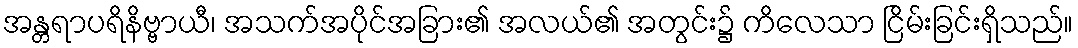
အန္တရာပရိနိဗ္ဗာယီ၊ အသက်အပိုင်အခြား၏ အလယ်၏ အတွင်း၌ ကိလေသာ ငြိမ်းခြင်းရှိသည်။